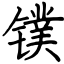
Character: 镤